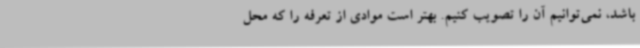
باشد، نمی‌توانیم آن را تصویب کنیم. بهتر است موادی از تعرفه را که محل